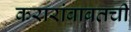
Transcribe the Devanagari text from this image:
करारांबाबतची